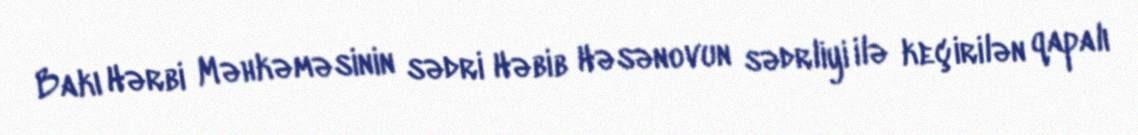
Bakı Hərbi Məhkəməsinin sədri Həbib Həsənovun sədrliyi ilə keçirilən qapalı